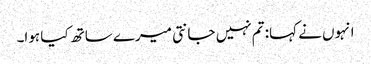
انہوں نے کہا: تم نہیں جانتی میرے ساتھ کیا ہوا۔